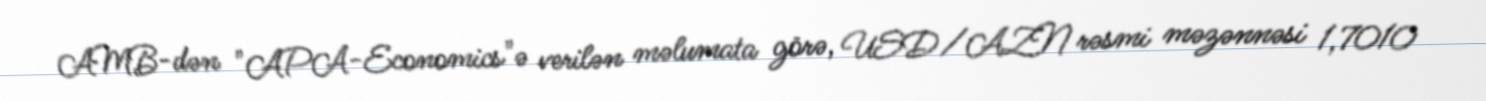
AMB-dən "APA-Economics"ə verilən məlumata görə, USD/AZN rəsmi məzənnəsi 1,7010